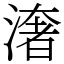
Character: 㵔